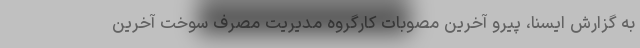
به گزارش ایسنا، پیرو آخرین مصوبات کارگروه مدیریت مصرف سوخت آخرین